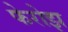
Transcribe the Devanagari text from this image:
फेरोझ